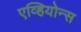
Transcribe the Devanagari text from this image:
एव्हियोन्स